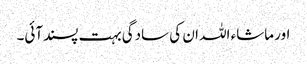
اور ماشاء اللہ ان کی سادگی بہت پسندآئی۔